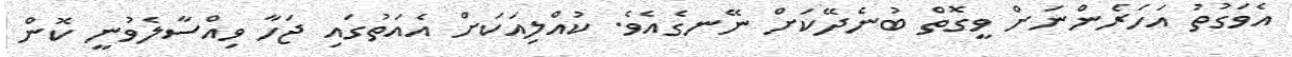
އެވަގުތު އަހަރެންނަށް ވީގޮތް ބުނެދޭކަށް ނޭނގެއެވެ. ކުއްލިއަކަށް އެއަތުގައި ޖަހާ ވިއްސާލެވުނީ ކޮން